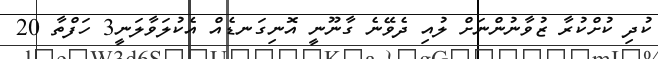
ކުދި ކުށްކުރާ ޒުވާނުންނަށް ލުއި ދެވޭނެ ގާނޫނީ އޮނިގަނޑެއް އެކުލަވާލަނީ3 ހަފްތާ 20